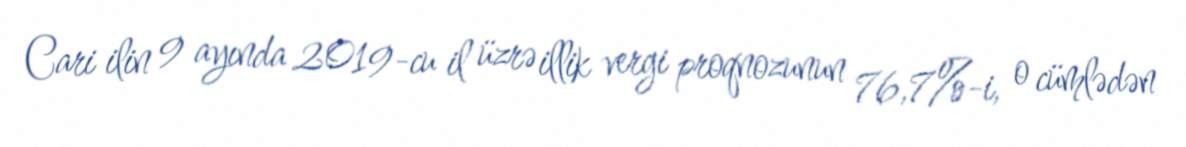
Cari ilin 9 ayında 2019-cu il üzrə illik vergi proqnozunun 76,7%-i, o cümlədən